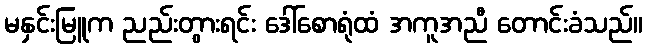
မနှင်းမြူက ညည်းတွားရင်း ဒေါ်စောရုံထံ အကူအညီ တောင်းခံသည်။